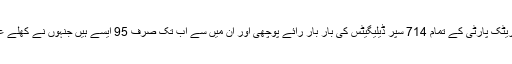
اے پی نے گزشتہ سات ماہ کےدوران ڈیموکریٹک پارٹی کے تمام 714 سپر ڈیلیگیٹس کی بار بار رائے پوچھی اور ان میں سے اب تک صرف 95 ایسے ہیں جنہوں نے کھلے عام کسی امیدوار کی حمایت کا عندیہ نہیں دیا۔